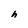
Character: h